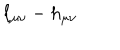
LaTeX: \ell _ { \mu \nu } - h _ { \mu \nu }